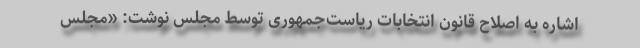
اشاره به اصلاح قانون انتخابات ریاست‌جمهوری توسط مجلس نوشت: «مجلس